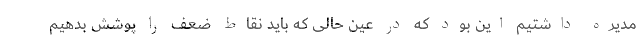
مدیره داشتیم این بود که در عین حالی که باید نقاط ضعف را پوشش بدهیم